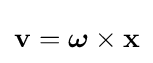
{\textstyle \mathbf {v} ={\boldsymbol {\omega }}\times \mathbf {x} }